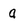
Character: a